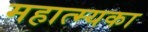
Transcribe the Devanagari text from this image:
महात्म्यका